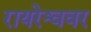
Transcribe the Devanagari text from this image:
रायरेश्ववर